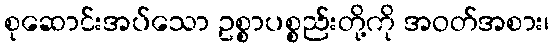
စုဆောင်းအပ်သော ဥစ္စာပစ္စည်းတို့ကို အဝတ်အစား၊